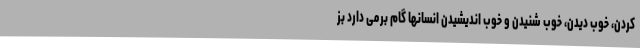
کردن، خوب دیدن، خوب شنیدن و خوب اندیشیدن انسانها گام برمی دارد بز